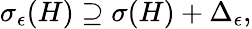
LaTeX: \begin{array}{r}{\sigma_{\epsilon}(H)\supseteq\sigma(H)+\Delta_{\epsilon},}\end{array}